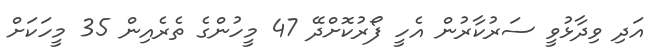
އަދި ވިދާޅުވީ ސަރުކާރުން އެހީ ފޯރުކޮށްދޭ 47 މީހުންގެ ތެރެއިން 35 މީހަކަށް